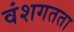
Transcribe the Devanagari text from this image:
वंशगतता